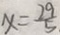
x = \frac { 2 9 } { 5 }